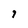
Character: 1